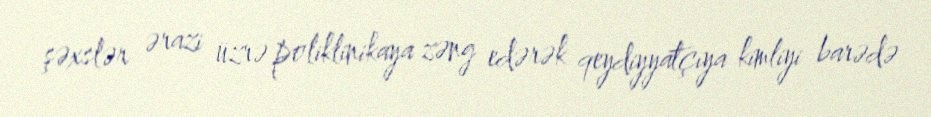
şəxslər ərazi üzrə poliklinikaya zəng edərək qeydiyyatçıya kimliyi barədə